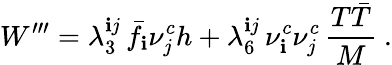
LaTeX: W^{\prime\prime\prime}=\lambda_{3}^{\mathbf{i}j}\, \bar{{f}}_{\mathbf{i}}\nu_{j}^{c}h+\lambda_{6}^{\mathbf{i}j}\, \nu_{\mathbf{i}}^{c}\nu_{j}^{c}\, {\frac{{T\bar{{T}}}}{{M}}}\ .